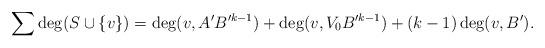
LaTeX: \begin{align*}\sum\deg(S\cup \{v\}) &= \deg(v, A' B'^{k-1}) + \deg(v, V_0 B'^{k-1}) + (k-1) \deg(v, B').\end{align*}